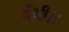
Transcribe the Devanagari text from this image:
देंगी।।